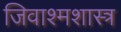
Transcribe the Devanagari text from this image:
जिवाश्मशास्त्र